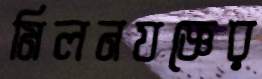
মিলনযজ্ঞের